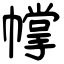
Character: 幥